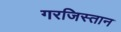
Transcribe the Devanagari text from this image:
गरजिस्तान